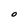
Character: O